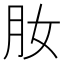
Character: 肗